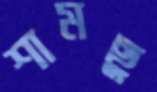
শামছু